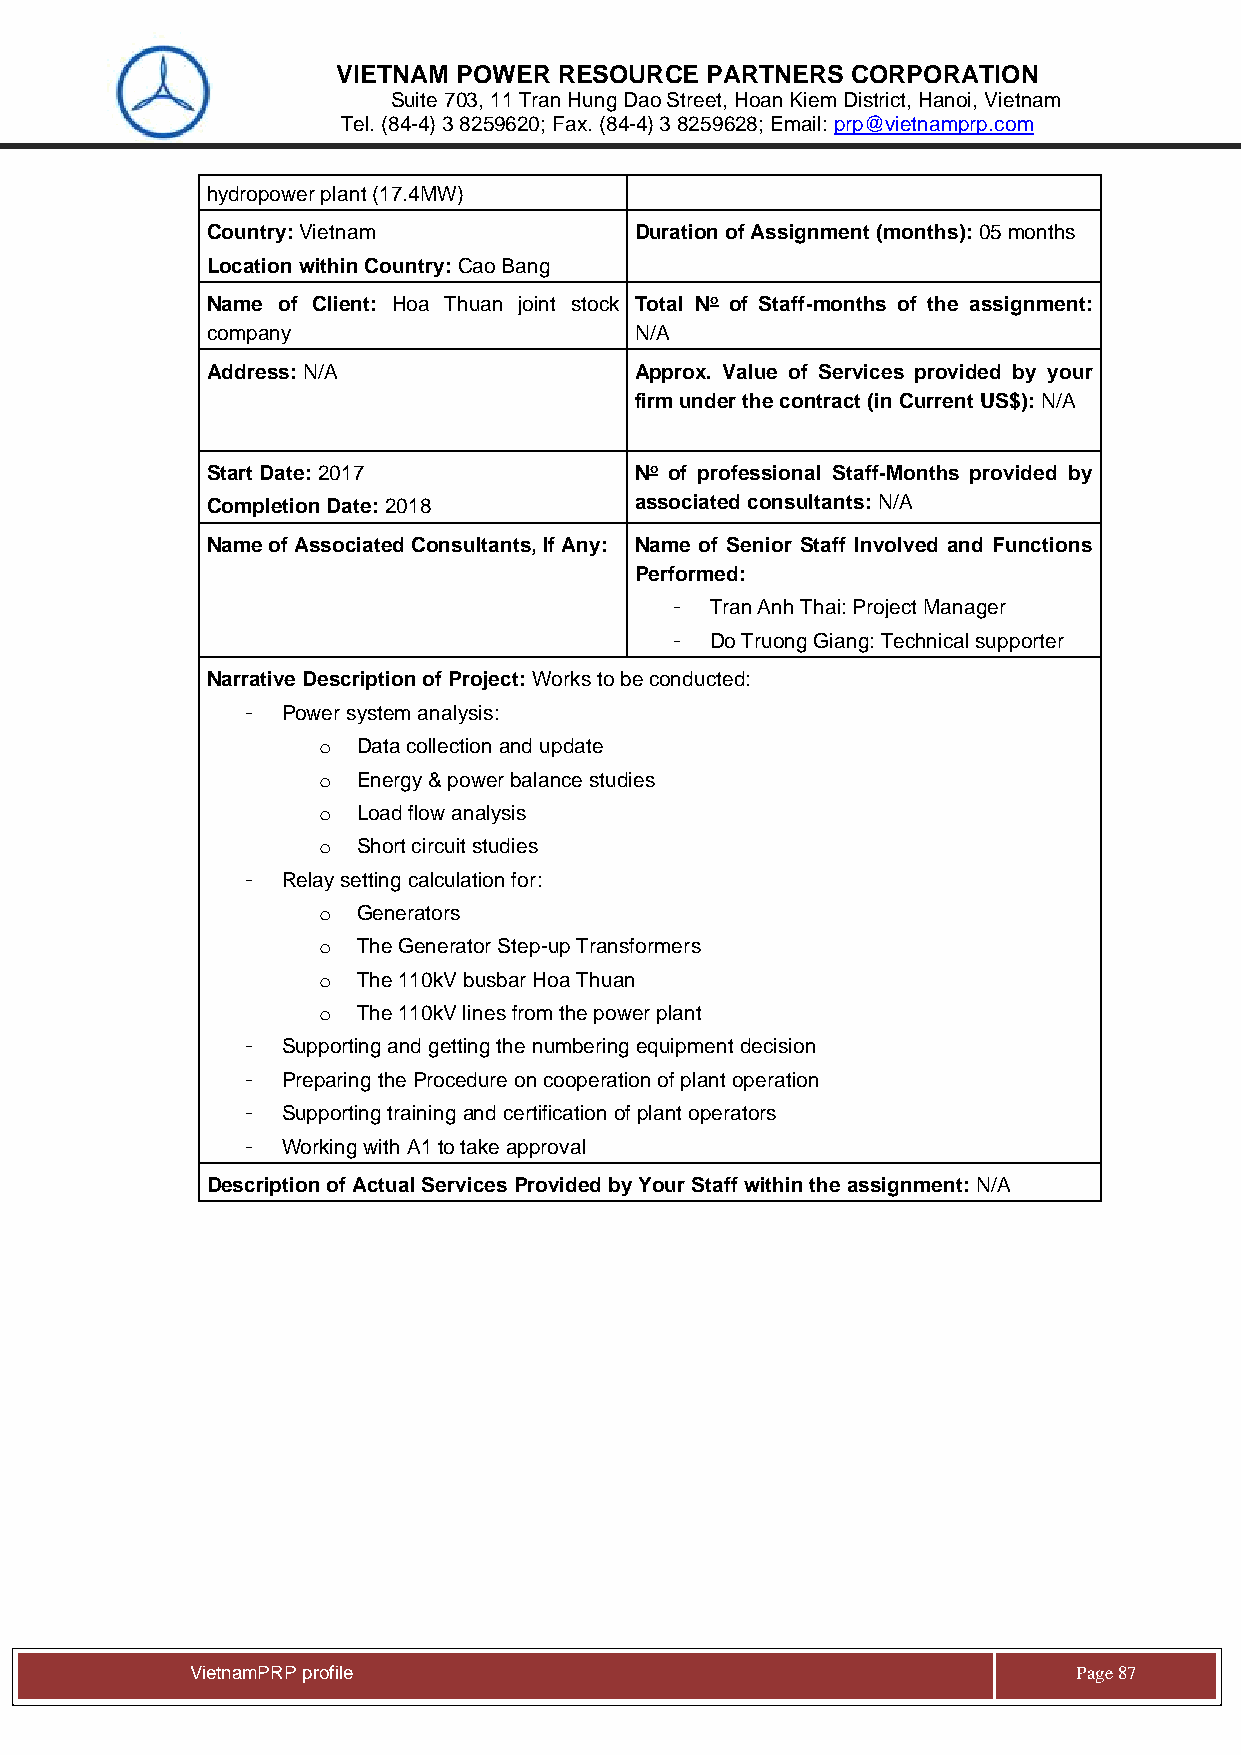
VIETNAM POWER  RESOURCE  PARTNERS CORPORATION
 Suite 703, 11 Tran Hung Dao Street, Hoan Kiem District, Hanoi, Vietnam
 Tel. (84-4) 3 8259620; Fax. (84-4) 3 8259628; Email: prp@vietnamprp.com
 hydropower plant (17.4MW)
 Country: Vietnam            Duration of Assignment (months): 05 months
 Location within Country: Cao Bang
 Name of Client: Hoa Thuan joint stock Total No of Staff-months of the assignment:
 company                     N/A
 Address: N/A                Approx. Value of Services provided by your
 firm under the contract (in Current US$): N/A
 Start Date: 2017            No of professional Staff-Months provided by
 Completion Date: 2018       associated consultants: N/A
 Name of Associated Consultants, If Any: Name of Senior Staff Involved and Functions
 Performed:
 -  Tran Anh Thai: Project Manager
 -  Do Truong Giang: Technical supporter
 Narrative Description of Project: Works to be conducted:
 -  Power system analysis:
 o  Data collection and update
 o  Energy & power balance studies
 o  Load flow analysis
 o  Short circuit studies
 -  Relay setting calculation for:
 o  Generators
 o  The Generator Step-up Transformers
 o  The 110kV busbar Hoa Thuan
 o  The 110kV lines from the power plant
 -  Supporting and getting the numbering equipment decision
 -  Preparing the Procedure on cooperation of plant operation
 -  Supporting training and certification of plant operators
 -  Working with A1 to take approval
 Description of Actual Services Provided by Your Staff within the assignment: N/A
 Vie tnamPRP profile                                       Page 87